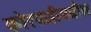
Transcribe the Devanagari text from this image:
कोरफडीमधील